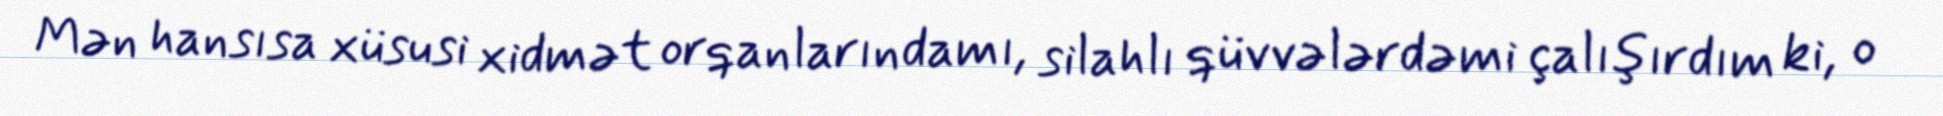
Mən hansısa xüsusi xidmət orqanlarındamı, silahlı qüvvələrdəmi çalışırdım ki, o